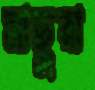
মাছুরা